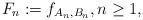
LaTeX: \begin{align*}F_n := f_{A_n,B_n}, n \ge 1,\end{align*}